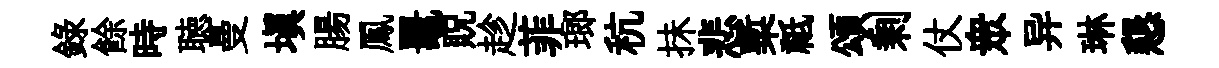
録餘時聴曼填腸鳳鼉貺趁菲瑯秔抺悲槧祗頌剰仗衆异琳懇